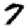
Digit: 7